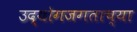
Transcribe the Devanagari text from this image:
उद्योगजगताच्या